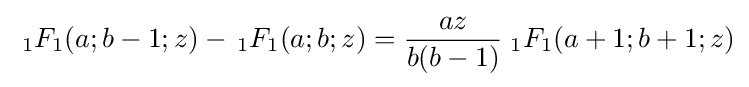
\;{}_{1}F_{1}(a;b-1;z)-\,{}_{1}F_{1}(a;b;z)={\frac {az}{b(b-1)}}\;{}_{1}F_{1}(a+1;b+1;z)